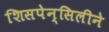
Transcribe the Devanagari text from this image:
शिसपेन्सिलीने